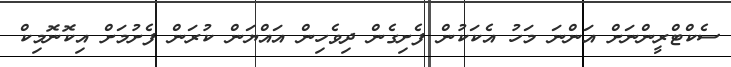
ސެކްޓްރީންނަށް އަންނަ މަހު އެކަކުން ފެށިގެން ދިވެހިން އައްޔަން ކުރަން ފެށުމަށް އިކޮނޮމިކް